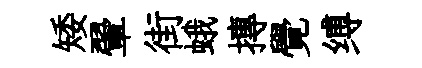
矮翬街蛾摶覺缚